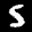
Label: 5